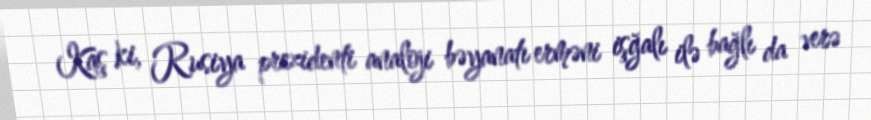
Kaş ki, Rusiya prezidenti analoji bəyanatı erməni işğalı ilə bağlı da verə